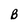
Character: B